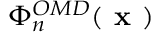
\Phi _ { n } ^ { O M D } ( \textbf { x } )